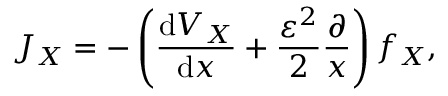
J _ { X } = - \left( \frac { \mathrm { d } V _ { X } } { \mathrm { d } x } + \frac { \varepsilon ^ { 2 } } { 2 } \frac { \partial } { x } \right) f _ { X } ,